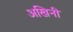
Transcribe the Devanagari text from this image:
अखिनी